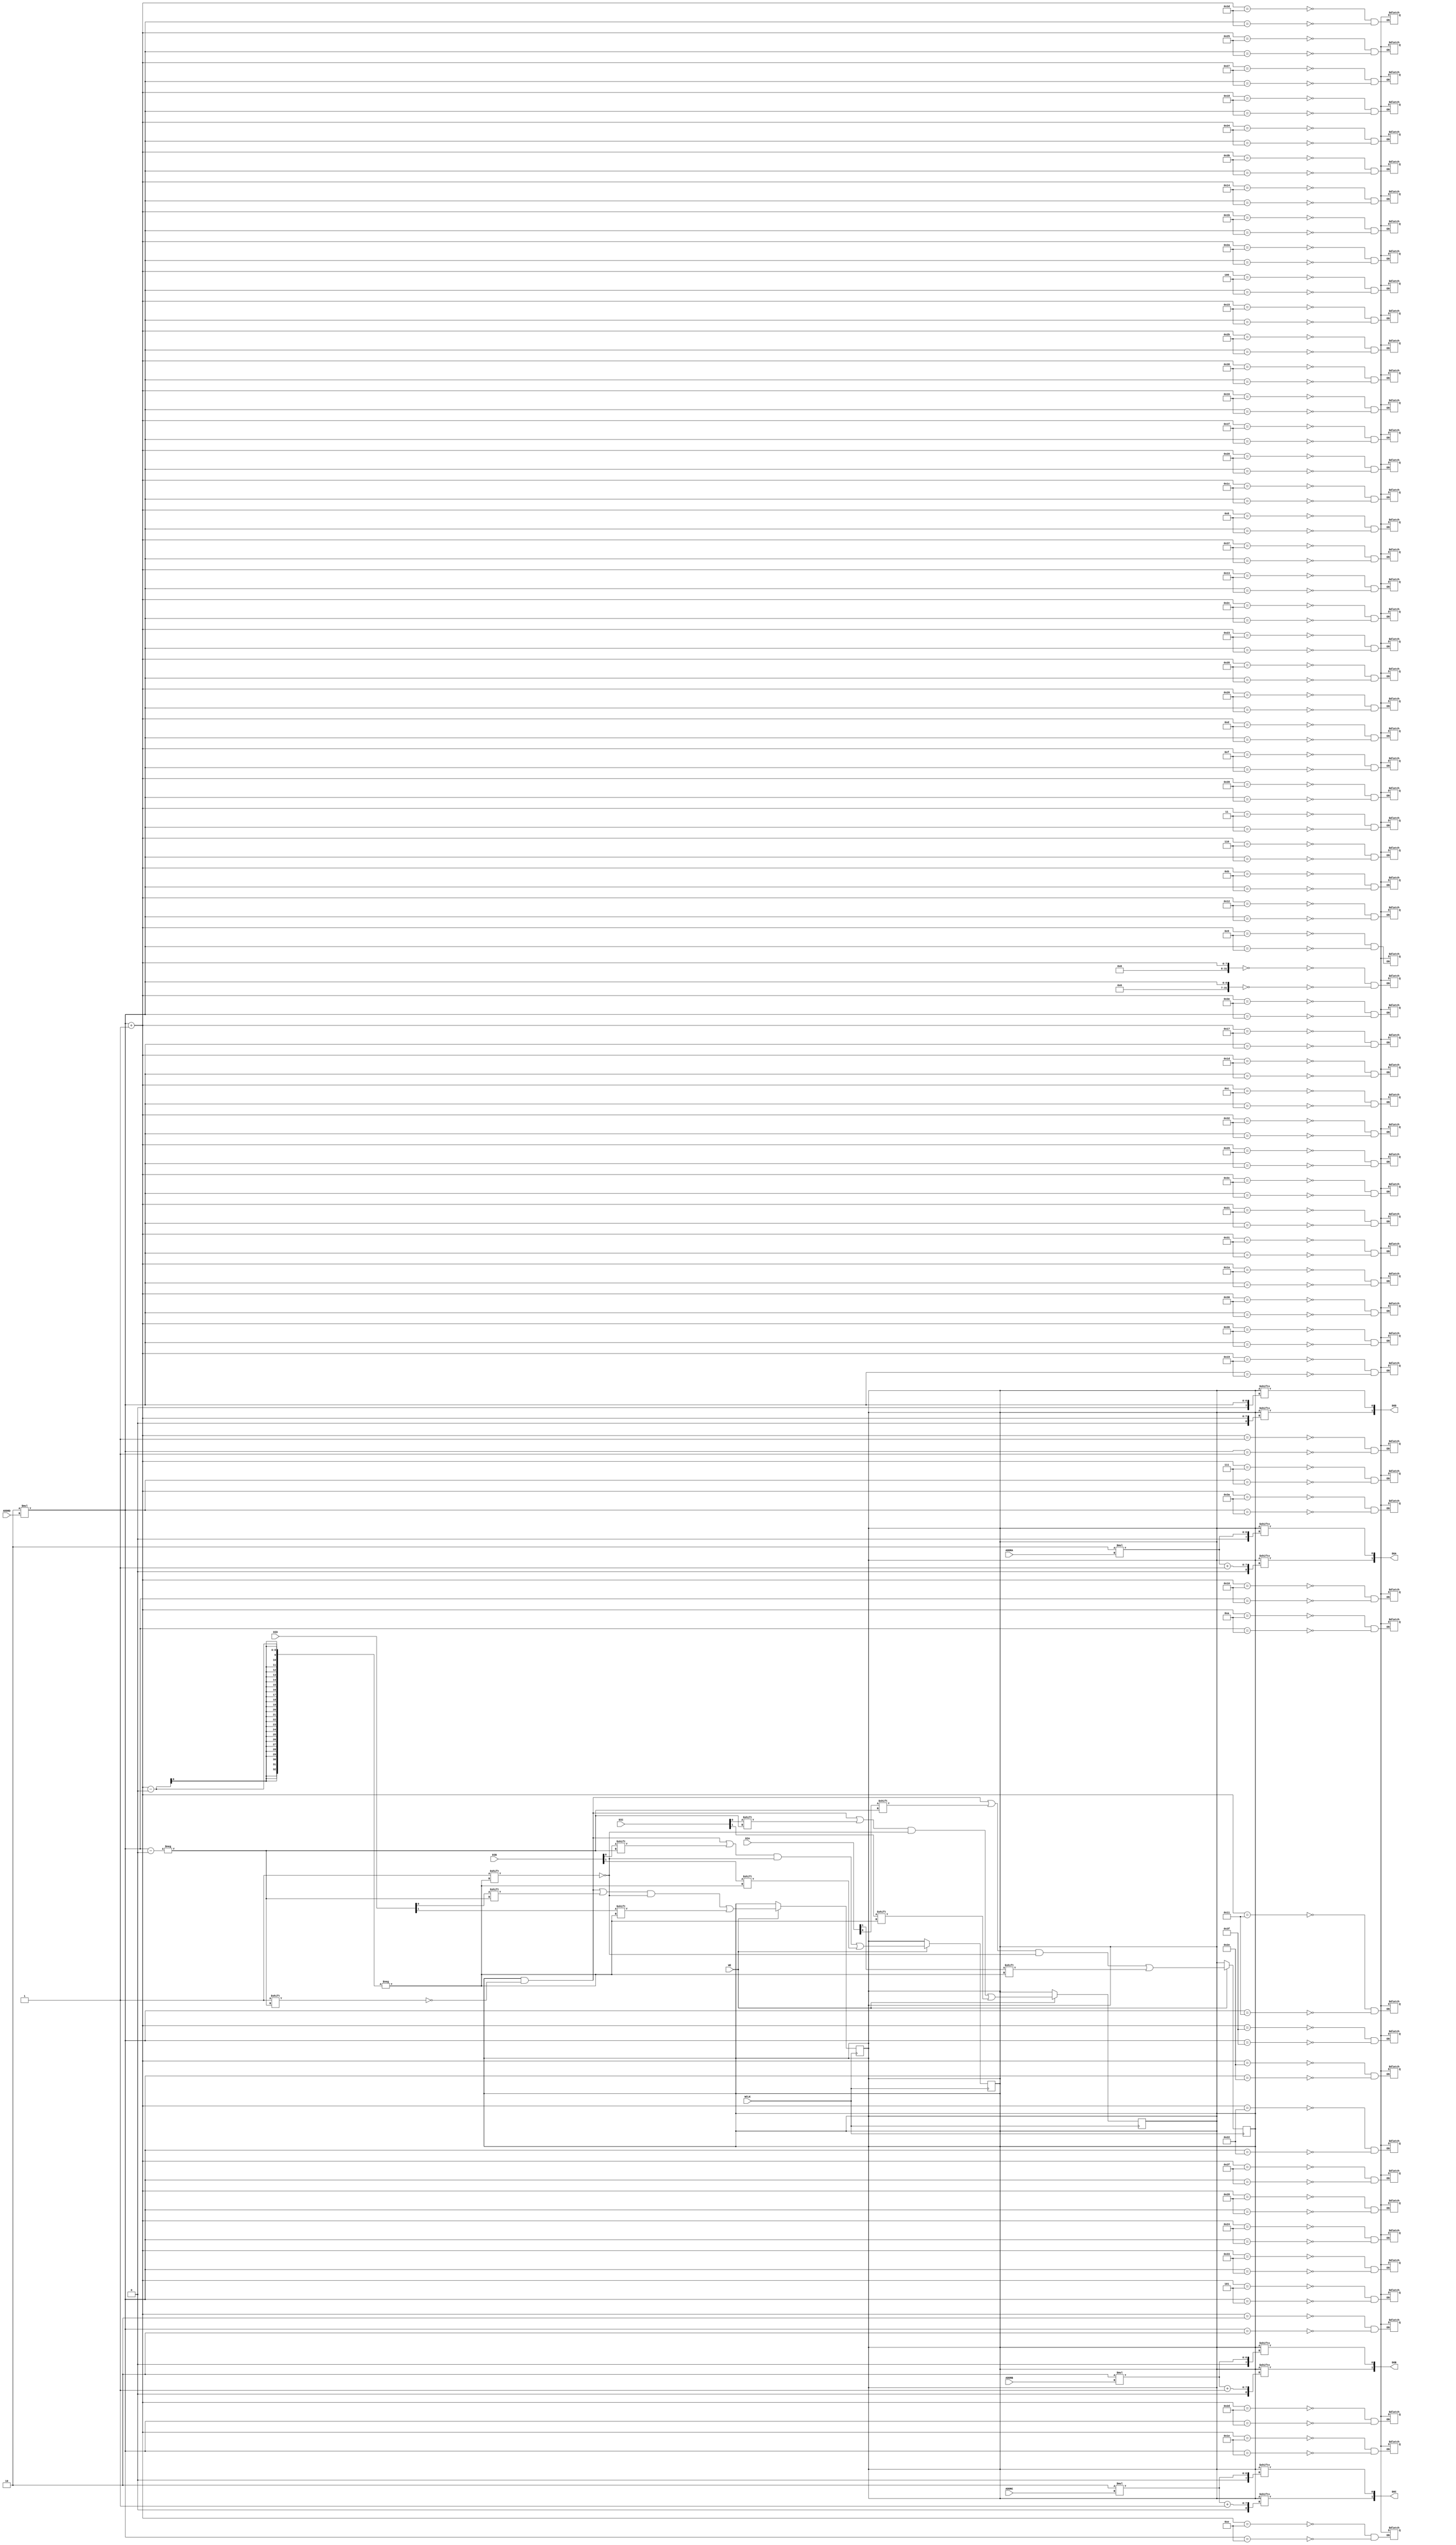
// $Header: /devl/xcs/repo/env/Databases/CAEInterfaces/verunilibs/data/rainier/RAM32M.v,v 1.4 2006/04/03 20:10:05 patrickp Exp $
///////////////////////////////////////////////////////////////////////////////
// Copyright (c) 1995/2004 Xilinx, Inc.
// All Right Reserved.
///////////////////////////////////////////////////////////////////////////////
//   ____  ____
//  /   /\/   /
// /___/  \  /    Vendor : Xilinx
// \   \   \/     Version : 10.1
//  \   \         Description : Xilinx Function Simulation Library Component
//  /   /                 32-Deep by 8-bit Wide Multi Port RAM 
// /___/   /\     Filename : RAM32M.v
// \   \  /  \    Timestamp : 
//  \___\/\___\
//
// Revision:
//    03/21/06 - Initial version.
// End Revision

`timescale 1 ps/1 ps

module RAM32M (DOA, DOB, DOC, DOD, ADDRA, ADDRB, ADDRC, ADDRD, DIA, DIB, DIC, DID, WCLK, WE);

  parameter  INIT_A = 64'h0000000000000000;
  parameter  INIT_B = 64'h0000000000000000;
  parameter  INIT_C = 64'h0000000000000000;
  parameter  INIT_D = 64'h0000000000000000;

  output [1:0] DOA;
  output [1:0] DOB;
  output [1:0] DOC;
  output [1:0] DOD;
  input [4:0] ADDRA;
  input [4:0] ADDRB;
  input [4:0] ADDRC;
  input [4:0] ADDRD;
  input [1:0] DIA;
  input [1:0] DIB;
  input [1:0] DIC;
  input [1:0] DID;
  input WCLK;
  input WE;

  reg [63:0] mem_a, mem_b, mem_c, mem_d;
  reg notifier;

  initial begin
    mem_a = INIT_A;
    mem_b = INIT_B;
    mem_c = INIT_C;
    mem_d = INIT_D;
  end

  always @(posedge WCLK)
    if (WE) begin
      mem_a[2*ADDRD] <= #100 DIA[0];
      mem_a[2*ADDRD + 1] <= #100 DIA[1];
      mem_b[2*ADDRD] <= #100 DIB[0];
      mem_b[2*ADDRD + 1] <= #100 DIB[1];
      mem_c[2*ADDRD] <= #100 DIC[0];
      mem_c[2*ADDRD + 1] <= #100 DIC[1];
      mem_d[2*ADDRD] <= #100 DID[0];
      mem_d[2*ADDRD + 1] <= #100 DID[1];
  end

   assign  DOA[0] = mem_a[2*ADDRA];
   assign  DOA[1] = mem_a[2*ADDRA + 1];
   assign  DOB[0] = mem_b[2*ADDRB];
   assign  DOB[1] = mem_b[2*ADDRB + 1];
   assign  DOC[0] = mem_c[2*ADDRC];
   assign  DOC[1] = mem_c[2*ADDRC + 1];
   assign  DOD[0] = mem_d[2*ADDRD];
   assign  DOD[1] = mem_d[2*ADDRD + 1];

  always @(notifier) begin
      mem_a[2*ADDRD] <= 1'bx;
      mem_a[2*ADDRD + 1] <= 1'bx;
      mem_b[2*ADDRD] <= 1'bx;
      mem_b[2*ADDRD + 1] <= 1'bx;
      mem_c[2*ADDRD] <= 1'bx;
      mem_c[2*ADDRD + 1] <= 1'bx;
      mem_d[2*ADDRD] <= 1'bx;
      mem_d[2*ADDRD + 1] <= 1'bx;
  end



endmodule